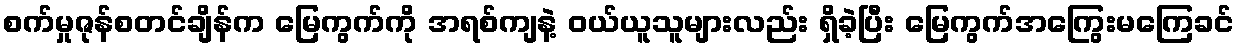
စက်မှုဇုန်စတင်ချိန်က မြေကွက်ကို အရစ်ကျနဲ့ ဝယ်ယူသူများလည်း ရှိခဲ့ပြီး မြေကွက်အကြွေးမကြေခင်